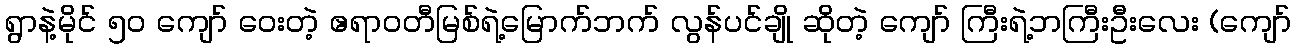
ရွာနဲ့မိုင် ၅၀ ကျော် ဝေးတဲ့ ဧရာဝတီမြစ်ရဲ့မြောက်ဘက် လွန်ပင်ချို ဆိုတဲ့ ကျော် ကြီးရဲ့ဘကြီးဦးလေး (ကျော်